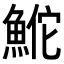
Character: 𬵕